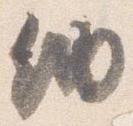
納